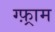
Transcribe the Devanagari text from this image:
ग्फ़्राम